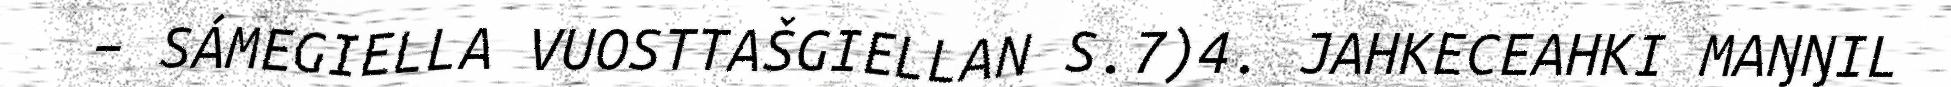
– SÁMEGIELLA VUOSTTAŠGIELLAN S.7)4. JAHKECEAHKI MAŊŊIL